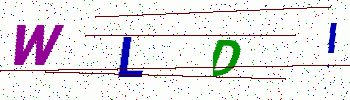
Text: WLDI